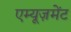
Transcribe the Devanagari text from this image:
एम्यूज़मेंट